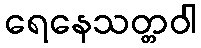
ရေနေသတ္တဝါ